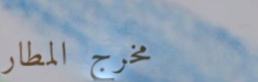
مخرج المطار